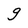
Character: g